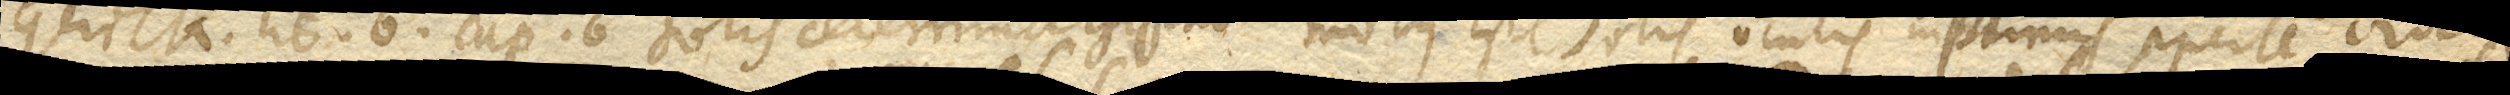
Gerick. lib. 6. cap. 6. Solis celerrima gyratio Motus iste solis oculis inprimis aperte videtur